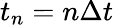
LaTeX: t_{n}=n\Delta t